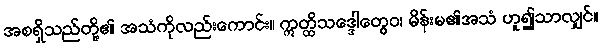
အစရှိသည်တို့၏ အသံကိုလည်းကောင်း။ ဣတ္ထိသဒ္ဒေါတွေဝ၊ မိန်းမ၏အသံ ဟူ၍သာလျှင်။